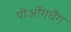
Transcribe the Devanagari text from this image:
पीओंगचैंग